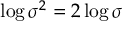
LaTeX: \log \sigma ^ { 2 } = 2 \log \sigma